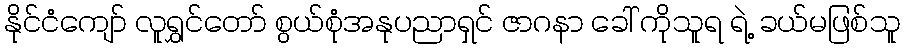
နိုင်ငံကျော် လူရွှင်တော် စွယ်စုံအနုပညာရှင် ဇာဂနာ ခေါ် ကိုသူရ ရဲ့ ခယ်မဖြစ်သူ